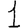
Digit: 1